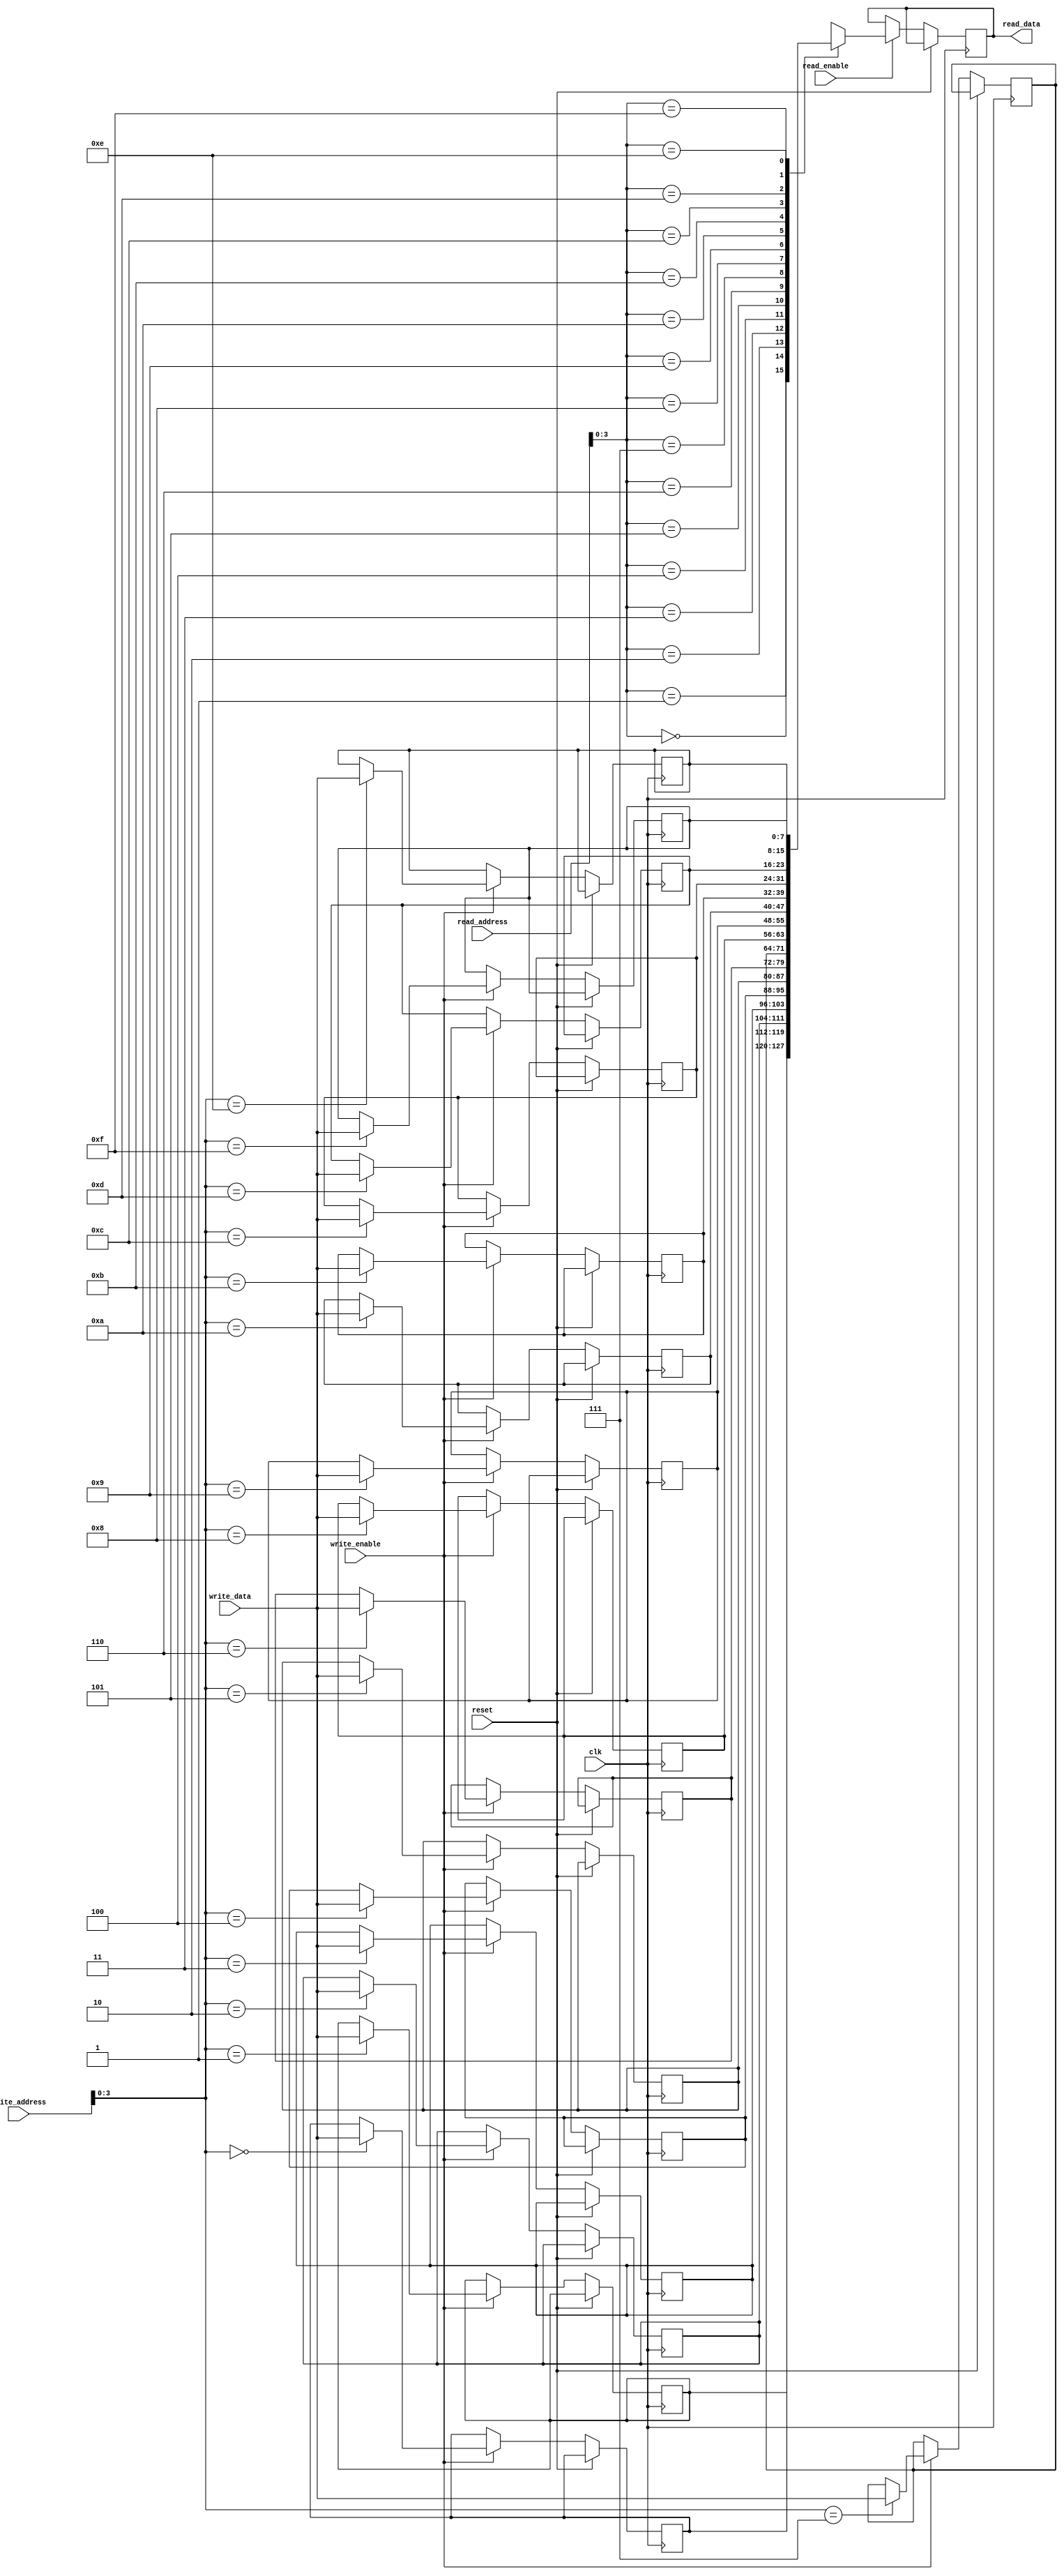
module circular_register_file (
    input wire clk,
    input wire reset,
    input wire write_enable,
    input wire [7:0] write_data,
    input wire [7:0] write_address,
    input wire read_enable,
    input wire [7:0] read_address,
    output reg [7:0] read_data
);

reg [7:0] registers [0:15]; // Assuming 16 registers in each memory block
reg [3:0] current_address;

always @ (posedge clk or posedge reset) begin
    if (reset) begin
        current_address <= 0;
    end else begin
        if (write_enable) begin
            registers[write_address] <= write_data;
        end
        
        if (read_enable) begin
            read_data <= registers[read_address];
        end
        
        if (current_address == 15) begin
            current_address <= 0;
        end else begin
            current_address <= current_address + 1;
        end
    end
end

endmodule